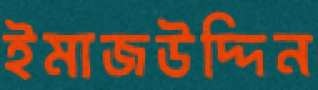
ইমাজউদ্দিন